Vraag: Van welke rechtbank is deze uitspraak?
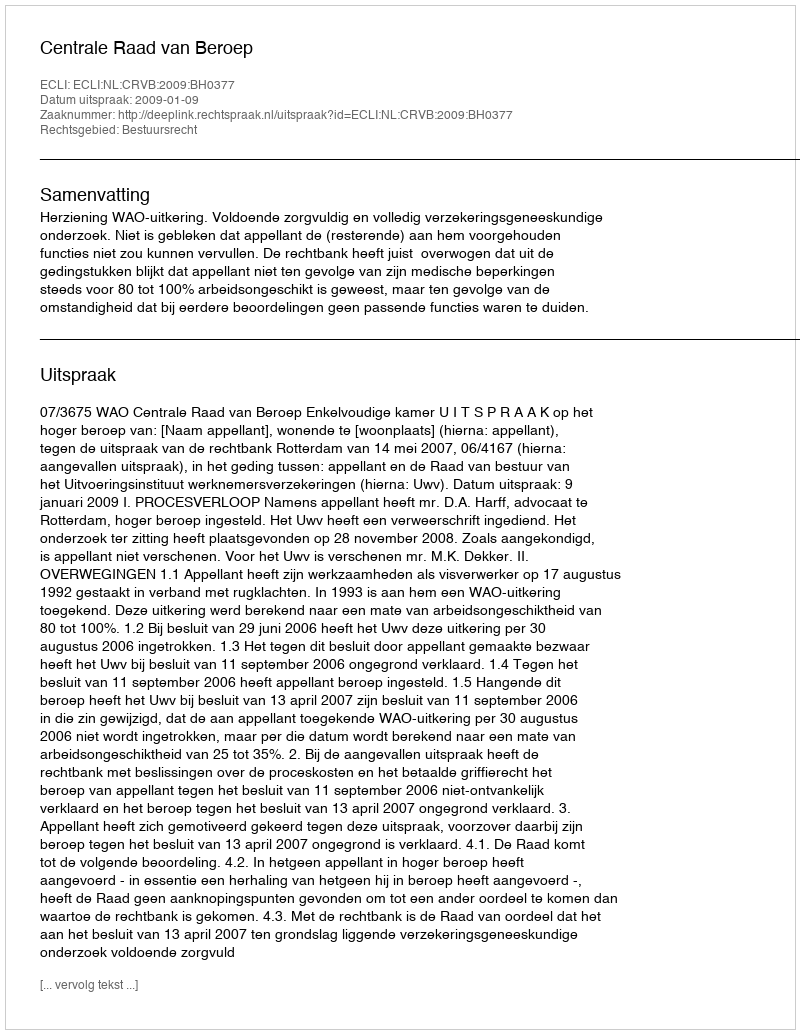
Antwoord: Centrale Raad van Beroep